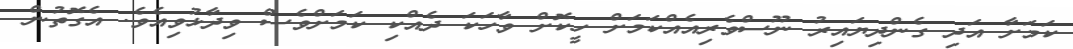
ކަމަށާ އަދި ގެންދިޔައިރު ނޫސްވެރިއެއްކަމަށް ހީކޮށް ވާހަކަ ދެއްކި ކަމަށްވެސް ވިދާޅުވިއެވެ. އެގޮތުން